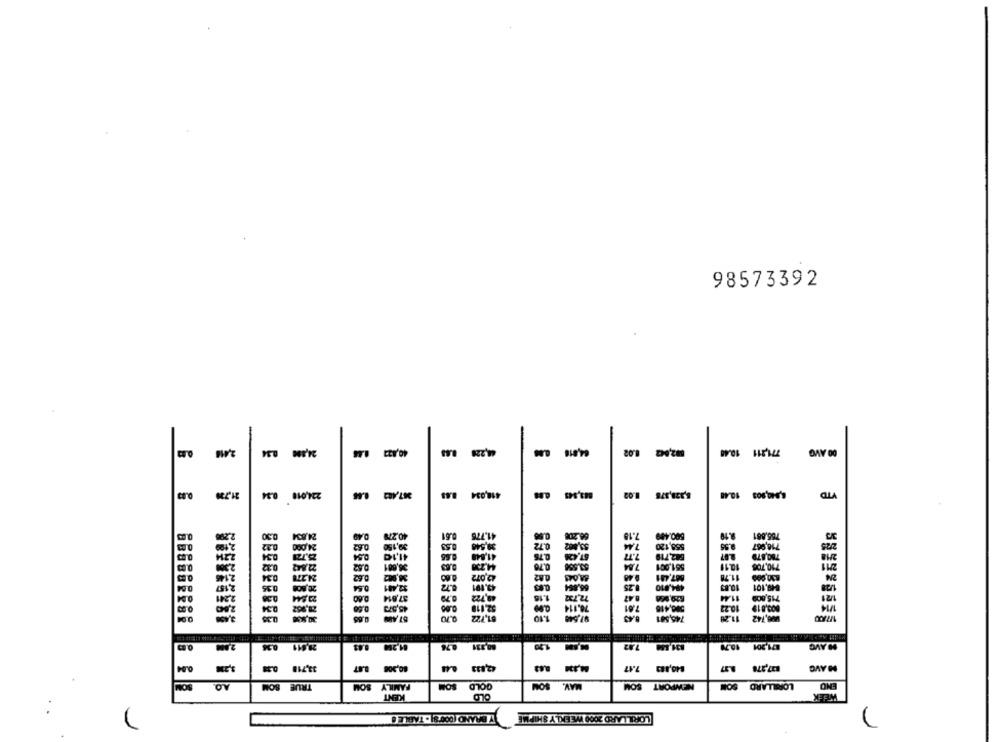
98573392
-
2,418
24,890 0.34
1.44
40,422
44,228
64,816
1.02
82,002
19.41
771,211
00 AVG
24,010 0.34
367,483 0.56
418,034 8.63
8,328,575 1.02
5,840,903 10.48
VTD
0.49
40.278
0.00
beste
7.19
590.489
765,881
0.30
0.72
53,002
858,12
2.10
710,967
0.54
41,10
8.75
67,00
7.77
582,719
36,001
44.230
0.70
53.500
551.001
10.11
0.32
22.842
7.84
10,708
0.34
0.62
30,002
42.072
887,481
830,000 11.78
24
2,157
0.35
20,808
0.64
$2,481
43,191
0.25
494.810
10.83
2,201
1.16
11,44
121
0.04
1,80
9.60
37,614
0.79
49,722
72,732
629,926
715,800
0.50
0.34
45,573
8.00
52.118
78.114
751
500,410
13.23
003,019
1/14
0:04
0.70
81,722
1.10
97.548
745,501
11.20
₩,742
8.43
0.34
20,811
81,200 0.41
80,331 0.76
1.20
7.92
871,201 10.70
10 AVG
0.38
33,718
80,200 B.AT
42,833 4.44
84,334
7.47
$40,413
837,278
M AVG
NEWPORT
LORILLARD SOM
END
10
TRUE SOM
FAMILY SOM
GOLD SOM
SOM
MAV.
SOM
KENT
OLD
WEEK
V CRANO (COF'S] - TABLE O
LORILLARD 2000 WEEKLY SH